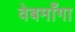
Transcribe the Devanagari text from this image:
वेबमाँगा